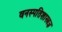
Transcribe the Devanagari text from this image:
वनस्पतिशास्त्रज्ञ